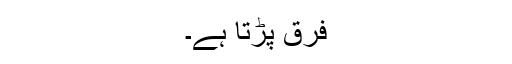
فرق پڑتا ہے۔